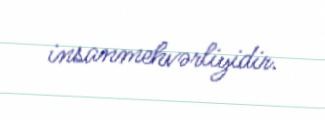
insanmehvərliyidir.